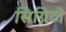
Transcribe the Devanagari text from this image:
सिग्निटी